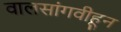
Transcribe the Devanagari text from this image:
वालसांगवीहून